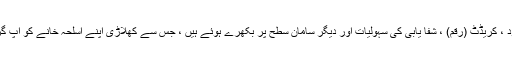
اسلحہ ، گولہ بارود ، کریڈٹ (رقم) ، شفا یابی کی سہولیات اور دیگر سامان سطح پر بکھرے ہوئے ہیں ، جس سے کھلاڑی اپنے اسلحہ خانے کو اپ گریڈ کرسکتے ہیں۔